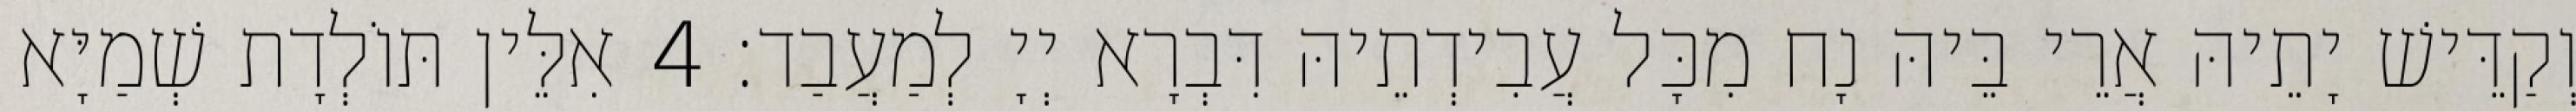
וְקַדֵּישׁ יָתֵיהּ אֲרֵי בֵּיהּ נָח מִכָּל עֲבִידְתֵיהּ דִּבְרָא יְיָ לְמַעֲבַד׃ 4 אִלֵּין תּוֹלְדָת שְׁמַיָּא